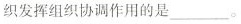
织协调作用的是___。